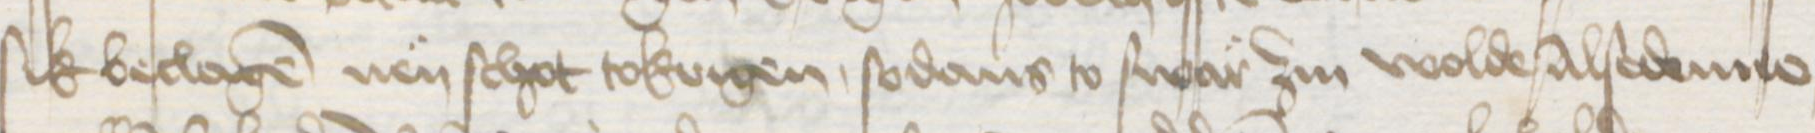
Transcription: sik beclagen nen schot tokrigen, sodans to swar zin wolde Alse denne